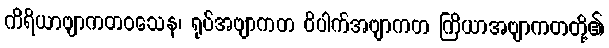
ကိရိယာဗျာကတဝသေန၊ ရုပ်အဗျာကတ ဝိပါက်အဗျာကတ ကြိယာအဗျာကတတို့၏